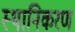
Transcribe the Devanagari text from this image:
स्थानिकरण